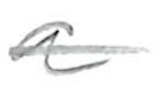
Text: a
Cross-out: single-line
Writing tool: pencil